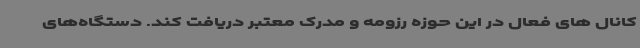
کانال های فعال در این حوزه رزومه و مدرک معتبر دریافت کند. دستگاه‌های